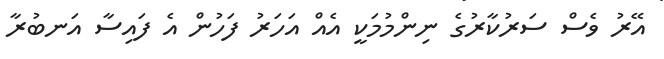
އޭރު ވެސް ސަރުކާރުގެ ނިންމުމަކީ އެއް އަހަރު ފަހުން އެ ފައިސާ އަނބުރާ